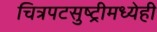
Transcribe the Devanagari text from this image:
चित्रपटसुष्ट्रीमध्येही